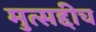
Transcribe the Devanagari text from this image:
मुत्सद्दीच